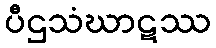
ပီဌသံဃာဋဿ